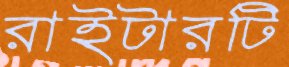
রাইটারটি